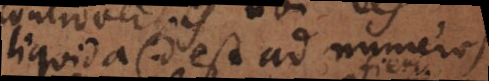
liquida (id est ad numeros